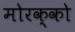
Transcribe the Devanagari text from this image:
मोरक्‍को